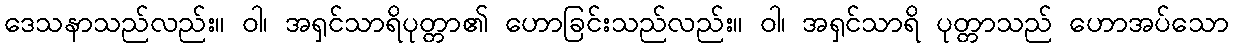
ဒေသနာသည်လည်း။ ဝါ၊ အရှင်သာရိပုတ္တာ၏ ဟောခြင်းသည်လည်း။ ဝါ၊ အရှင်သာရိ ပုတ္တာသည် ဟောအပ်သော